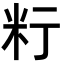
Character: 𥸰